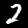
Label: 2